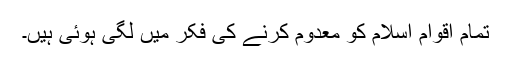
تمام اقوام اسلام کو معدوم کرنے کی فکر میں لگی ہوئی ہیں۔